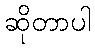
ဆိုတာပါ